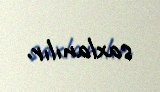
saxlanılır.